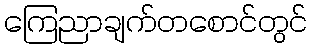
ကြေညာချက်တစောင်တွင်